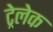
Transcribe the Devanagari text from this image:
ट्रेलेक